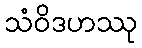
သံဝိဒဟဿု